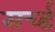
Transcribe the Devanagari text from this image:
सर्च्ड